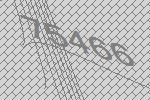
75466